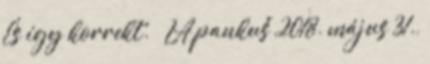
És így korrekt. – LA pankuš 2018. május 31.,